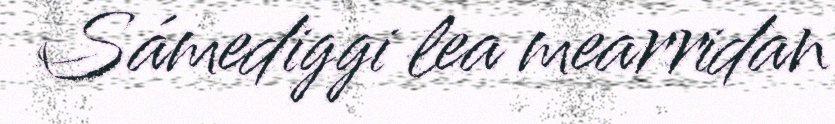
Sámediggi lea mearridan